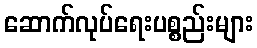
ဆောက်လုပ်ရေးပစ္စည်းများ